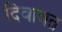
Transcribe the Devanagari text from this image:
दिवावत